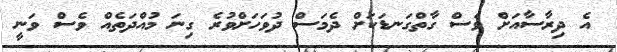
އެ ދިރާސާއަށް ވެސް ގާތްގަނޑަކަށް ދެމަސް ދުވަހަށްވުރެ ގިނަ މުއްދަތެއް ވެސް ވަނީ